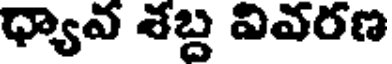
ధ్యావ శబ్ద వివరణ